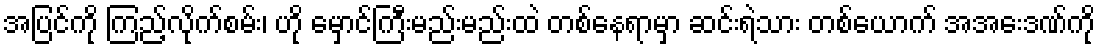
အပြင်ကို ကြည့်လိုက်စမ်း၊ ဟို မှောင်ကြီးမည်းမည်းထဲ တစ်နေရာမှာ ဆင်းရဲသား တစ်ယောက် အအေးဒဏ်ကို